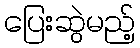
ပြေးဆွဲမည့်